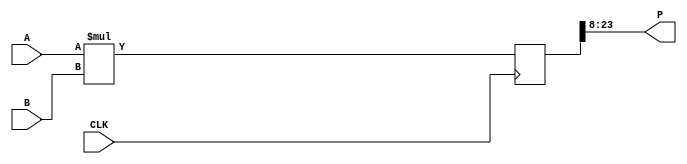
`timescale 1ns / 1ps
//////////////////////////////////////////////////////////////////////////////////
// Company: 
// Engineer: 
// 
// Design Name: 
// Module Name: fmul
// Project Name: 
// Target Devices: 
// Tool Versions: 
// Description: 
// 
// Dependencies: 
// 
// Revision:
// Revision 0.01 - File Created
// Additional Comments:
// 
//////////////////////////////////////////////////////////////////////////////////


module fmul
    #(parameter bits = 16)(
    input signed [bits-1:0] A, // Multiplier
    input signed [bits-1:0] B, // Multiplicant
    input CLK, // Clock
    output signed [bits-1:0] P // Product
    );
    
    
    // Q 8.8
    parameter MSB = 23;
    parameter LSB = 8; 
    reg signed [31:0] P64;

    always @(posedge CLK) begin
        P64 <= A * B;
    end

    assign P = P64[MSB:LSB];
endmodule